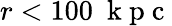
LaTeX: r<100~\mathrm{~k~p~c~}